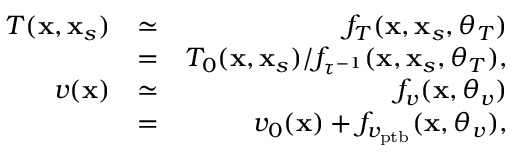
\begin{array} { r l r } { T ( \mathbf { x } , \mathbf { x } _ { s } ) } & { \simeq } & { f _ { T } ( \mathbf { x } , \mathbf { x } _ { s } , \boldsymbol { \theta } _ { T } ) } \\ & { = } & { T _ { 0 } ( \mathbf { x } , \mathbf { x } _ { s } ) / f _ { \tau ^ { - 1 } } ( \mathbf { x } , \mathbf { x } _ { s } , \boldsymbol { \theta } _ { T } ) , } \\ { v ( \mathbf { x } ) } & { \simeq } & { f _ { v } ( \mathbf { x } , \boldsymbol { \theta } _ { v } ) } \\ & { = } & { v _ { 0 } ( \mathbf { x } ) + f _ { v _ { \mathrm { p t b } } } ( \mathbf { x } , \boldsymbol { \theta } _ { v } ) , } \end{array}